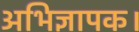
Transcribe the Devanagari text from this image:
अभिज्ञापक।